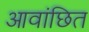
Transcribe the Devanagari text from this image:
आवांछित